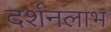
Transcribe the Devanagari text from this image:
दर्शनलाभ